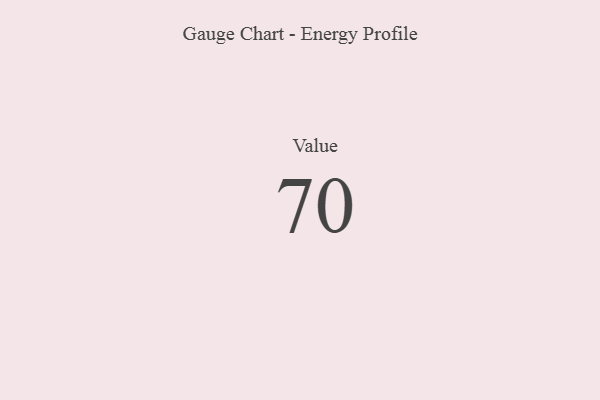
{"axis": {"x": "Metric", "y": "Value"}, "legend": [""], "data": [{"x": "Value", "y": 70, "type": ""}]}